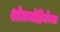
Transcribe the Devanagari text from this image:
शोधमोहिमेच्या